Mental hospitals Bombay report 1921-28 - 1921-1928
Year: 1921
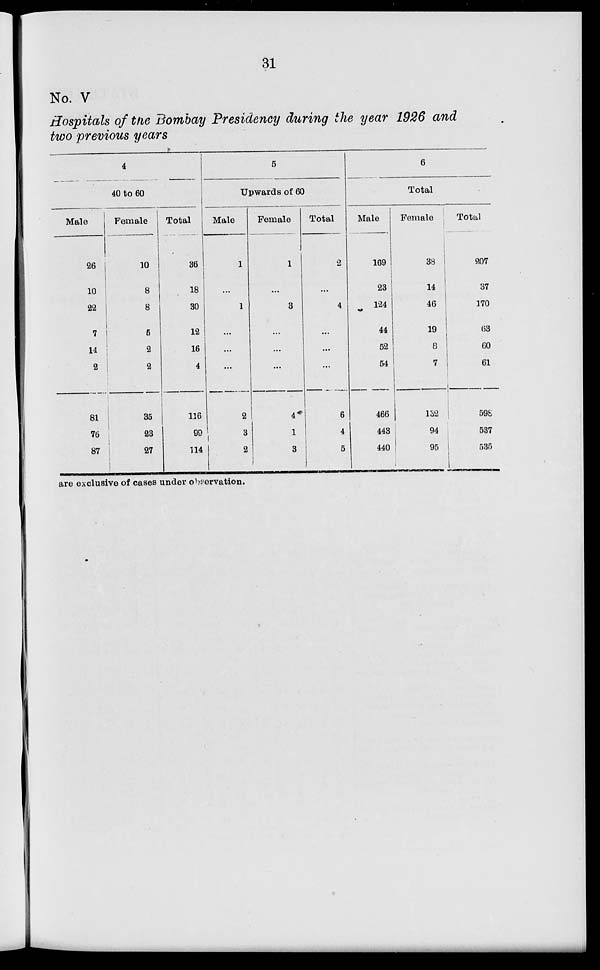
31
No. V
Hospitals of the Bombay Presidency during the year 1926 and
two previous years
4
40 to 60
Male
26
10
22
7
14
2
81
76
87
Female
10
8
8
6
2
2
35
23
27
Total
36
18
30
12
16
4
116
99
114
5
Upwards of 60
Male
1
...
1
...
...
...
2
3
2
Female
1
...
3
...
...
...
4
1
3
Total
2
...
4
...
...
...
6
4
5
6
Total
Male
169
23
124
44
52
54
466
443
440
Female
38
14
46
19
8
7
132
94
95
Total
207
37
170
63
60
61
598
537
535
are exclusive of cases under observation.